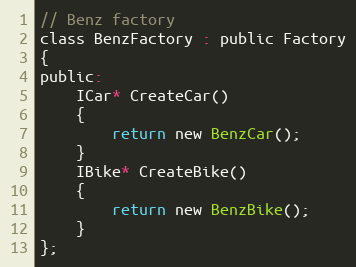
Language: C
// Benz factory
class BenzFactory : public Factory
{
public:
    ICar* CreateCar()
    {
        return new BenzCar();
    }
    IBike* CreateBike()
    {
        return new BenzBike();
    }
};